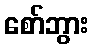
စော်ဘွား